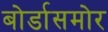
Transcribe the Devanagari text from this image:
बोर्डासमोर